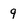
Character: 9